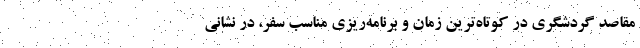
مقاصد گردشگری در کوتاه­ترین زمان و برنامه­ریزی مناسب سفر، در نشانی